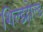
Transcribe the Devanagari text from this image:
शिल्डहोल्ड